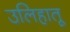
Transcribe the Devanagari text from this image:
उलिहातू